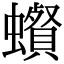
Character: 𧓩